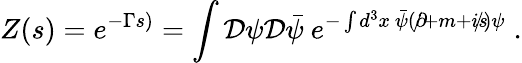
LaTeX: Z(s)=e^{-\Gamma s)}=\int{\cal D}\psi{\cal D}\bar{\psi}~e^{-\int d^{3}x~\bar{\psi}(\partial\! \! \! /+m+is\! \! \! /)\psi}\; .